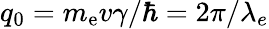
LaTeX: q_{0}=m_{\mathrm{e}}v\gamma/\hbar=2\pi/\lambda_{e}